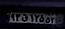
۹۳ق۱۲۵۵۳